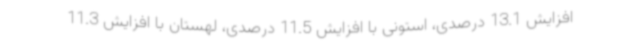
افزایش 13.1 درصدی، استونی با افزایش 11.5 درصدی، لهستان با افزایش 11.3